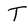
Character: T